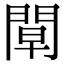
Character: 𨴝